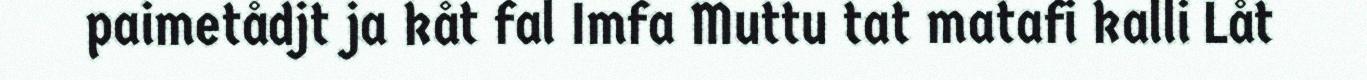
paimetådjt ja kåt fal Imfa Muttu tat matafi kalli Låt